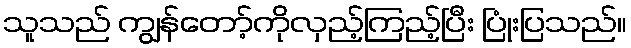
သူသည် ကျွန်တော့်ကိုလှည့်ကြည့်ပြီး ပြုံးပြသည်။